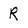
Character: R